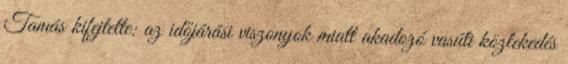
Tamás kifejtette: az időjárási viszonyok miatt akadozó vasúti közlekedés